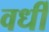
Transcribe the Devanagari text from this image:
वर्धी